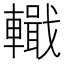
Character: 𨎵